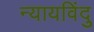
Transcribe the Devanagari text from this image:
न्यायविंदु